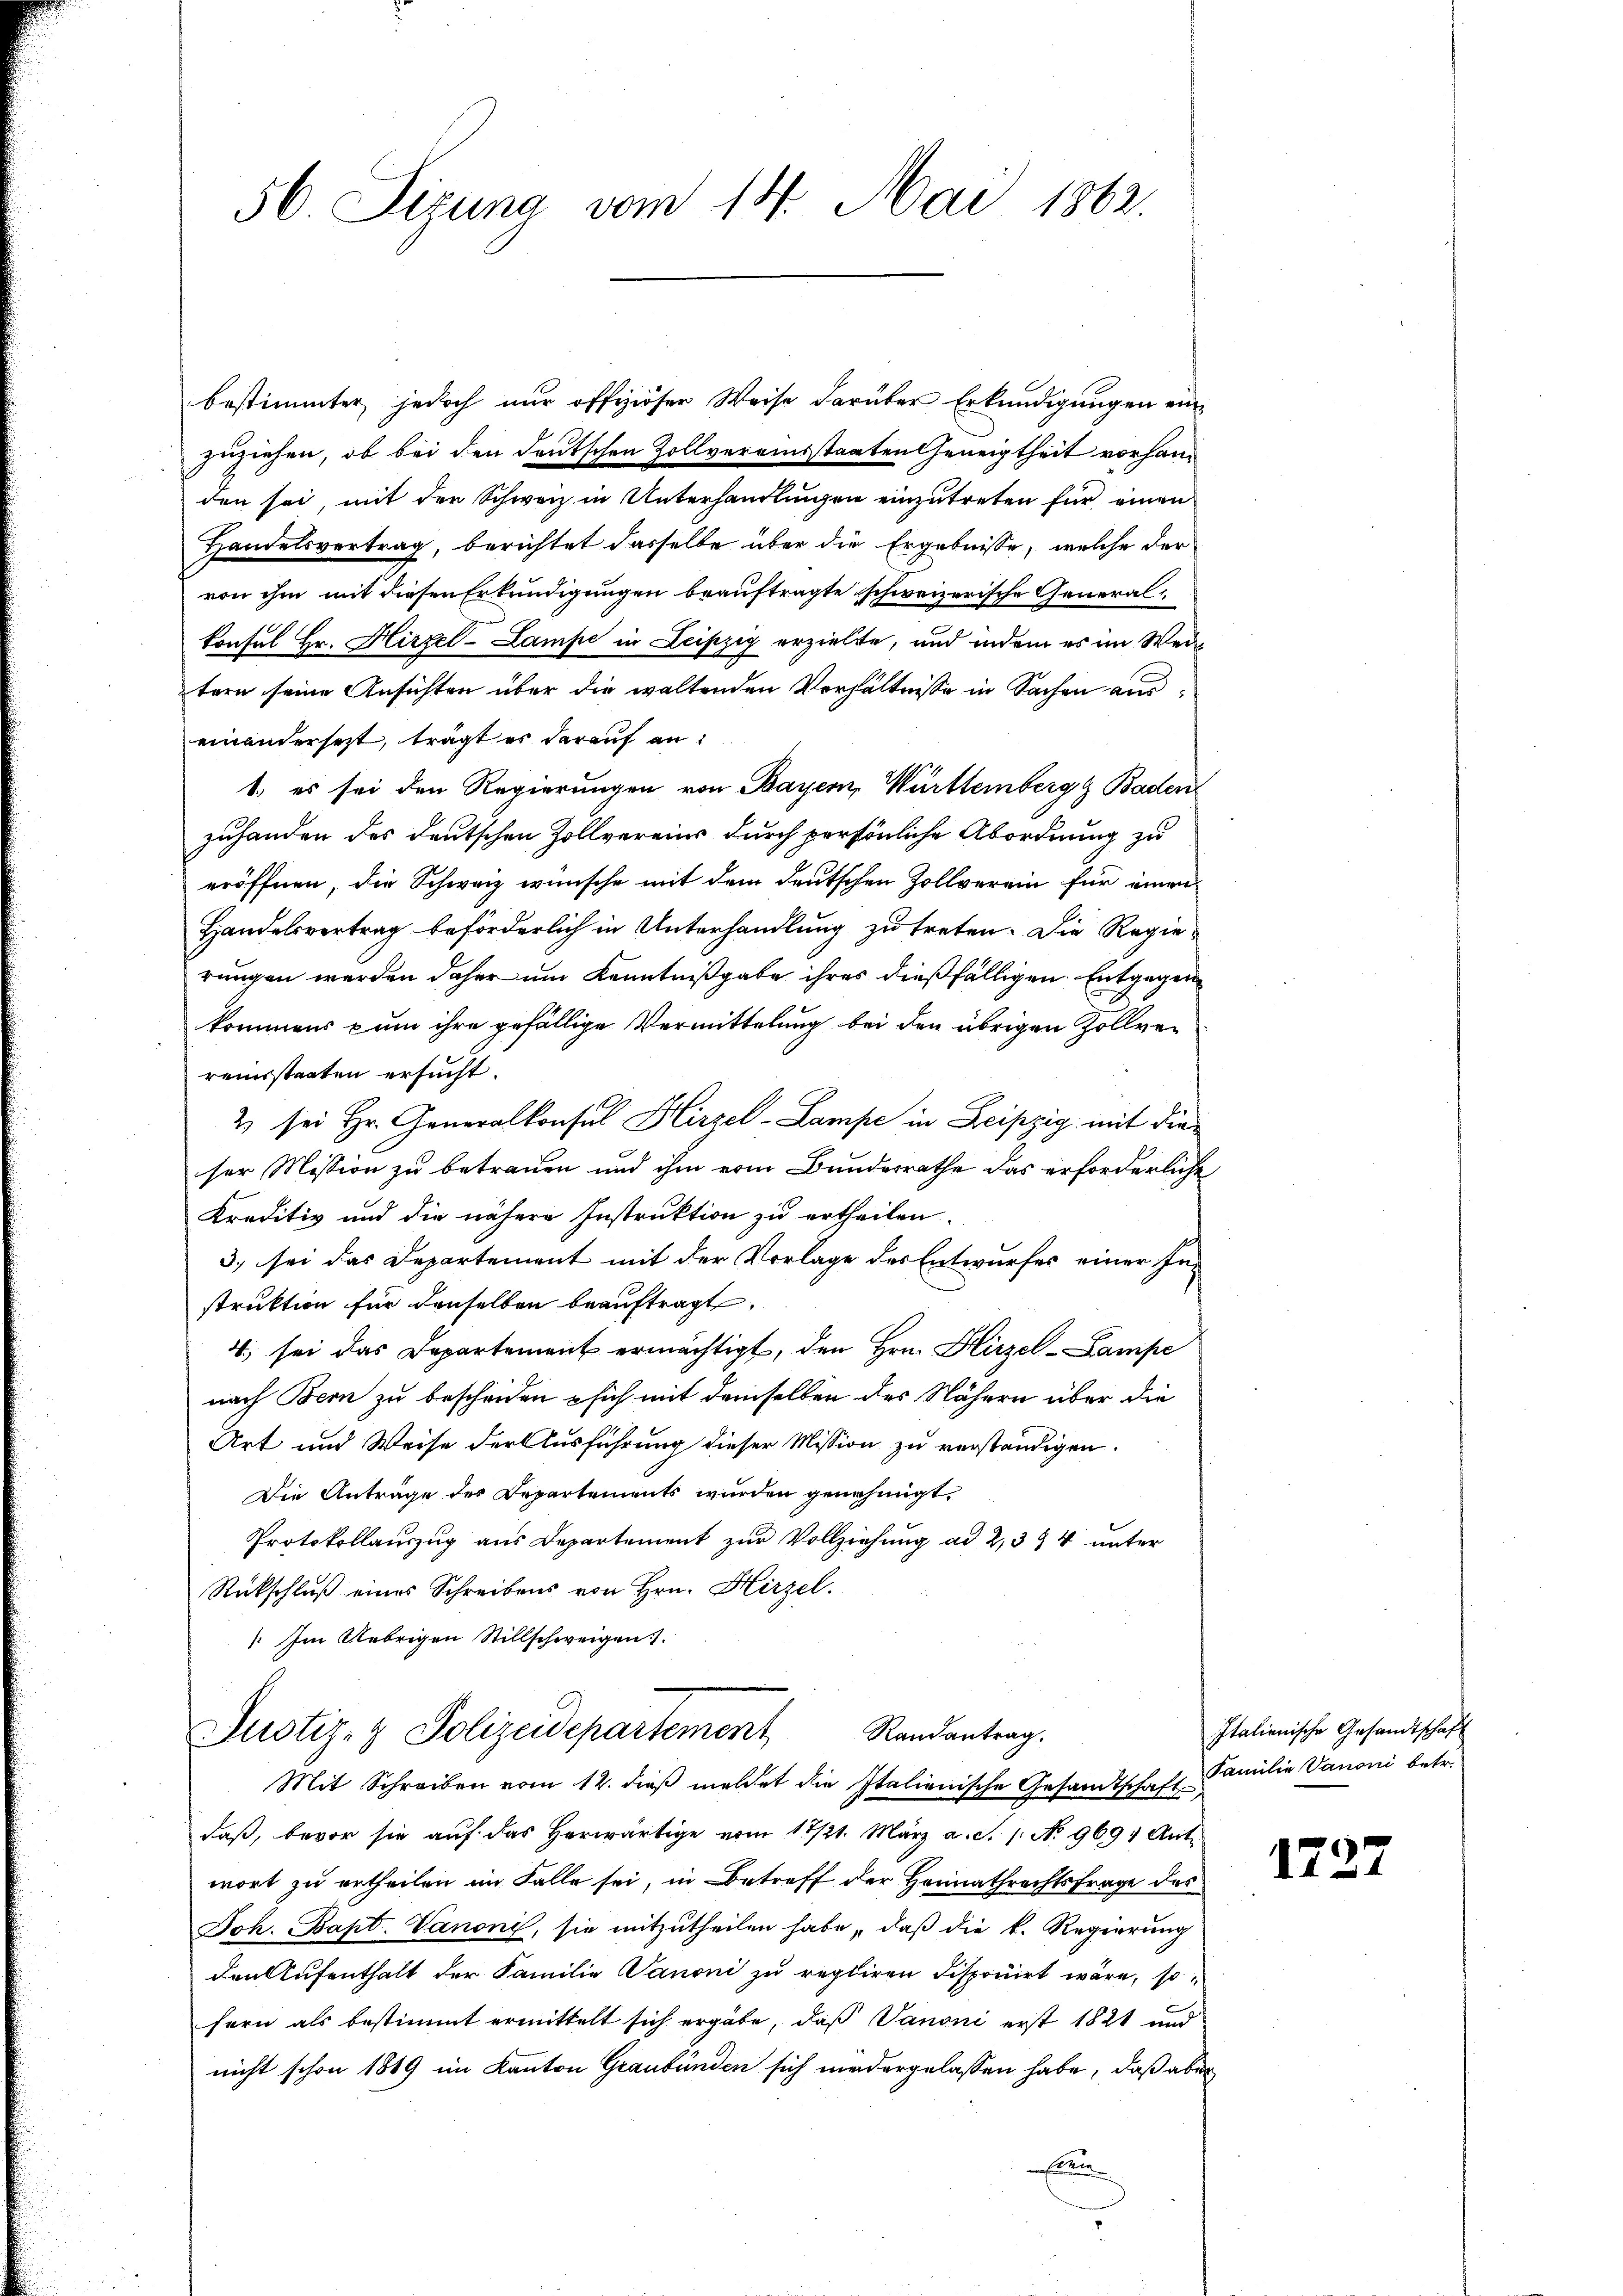
56. Sizung vom 14. Mai 1862.

bestimmter jedoch nur offiziöser Weise darüber Erkundigungen einzuziehen, ob bei den deutschen Zollvereinsstaaten Geneigtheit vorhanden sei, mit der Schweiz in Unterhandlungen einzutreten für einen
Handelsvertrag, berichtet dasselbe über die Ergebnisse, welche der
von ihm mit diesen Erkundigungen beauftragte schweizerische General¬
Consul Hr. Hirzel-Lampe in Leipzig erzielte, und indem es im Weitern seine Ansichten über die waltenden Verhältnisse in Sachen auseinandersetzt, trägt es darauf an:
1. es sei den Regierungen von Bayern, Württemberg & Baden
zuhanden des deutschen Zollvereins durch persönliche Abordnung zu
eröffnen, die Schweiz wünsche mit dem deutschen Zollverein für einen
Handelsvertrag beförderlich in Unterhandlung zu treten. Die Regierungen werden daher um Kenntnißgabe ihres dießfälligen Entgegen
kommens zum ihre gefällige Vermittelung bei den übrigen Zollvereinstaaten ersucht.
2 sei Hr. Generalkonsul Hirzel-Lampe in Leipzig mit dieser Mission zu betrauen und ihm vom Bundesrathe das erforderliche
Kreditiv und die nähere Instruktion zu ertheilen.
3. sei das Departement mit der Vorlage des Entwurfes einer Instruktion für denselben beauftragt.
4. sei das Departement ermächtigt, den Hrn. Hirzel-Lampe
nach Bern zu bescheiden - sich mit demselben des Nähern über die
Art und Weise der Ausführung dieser Mission zu verständigen.
Die Anträge des Departements wurden genehmigt.
Protokollauszug aus Departement zur Vollziehung ad 2, 394 unter
Rückschluß eines Schreibens von Hrn. Hirzel.
Im Uebrigen Stillschweigen.

Justiz- & Polizeidepartement Randantrag.
Mit Schreiben vom 12. dieβ meldet die Italienische Gesandtschaft Familie Vanoni betr.

daß, bevor sie auf das herwärtige vom 17/21. März a. d. 1. No 969 Ant
wort zu ertheilen im Falle sei, in Betreff der Heimathrechtsfrage des
Joh. Bapt. Vanoni, sie mitzutheilen habe, daß die k. Regierung
den Aufenthalt der Familie Sanoni zu regliren disponirt wäre, so
fern als bestimmt ermittelt sich ergäbe, daß Vanoni erst 1821 und
nicht schon 1819 im Kanton Graubünden sich niedergelassen habe, daß aber
Ettin

Italienische Gesandtschaft

1227